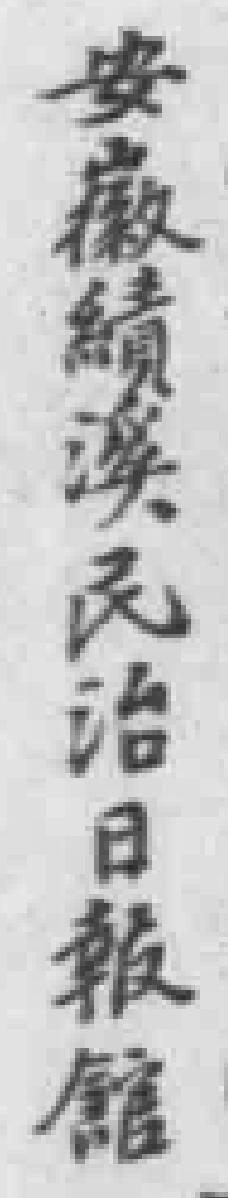
安徽績溪民治日報館